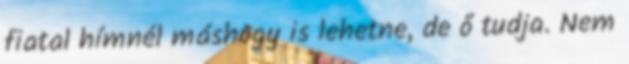
fiatal hímnél máshogy is lehetne, de ő tudja. Nem